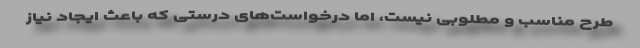
طرح مناسب و مطلوبی نیست، اما درخواست‌های درستی که باعث ایجاد نیاز